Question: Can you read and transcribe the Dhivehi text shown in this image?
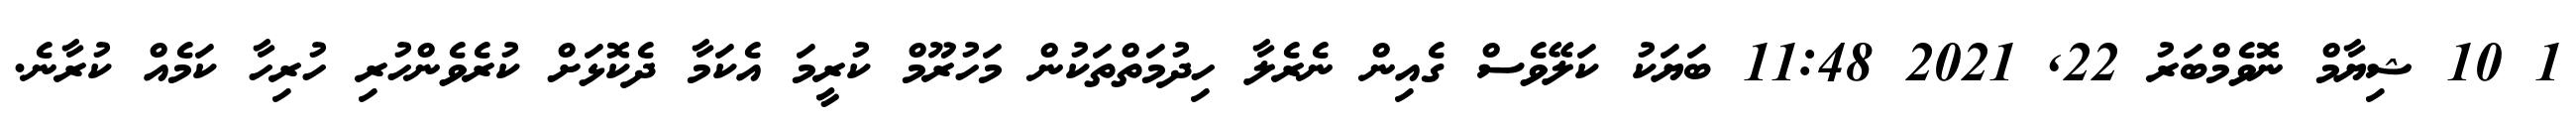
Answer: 1 10 ޝިޔާމް ނޮވެމްބަރު 22, 2021 11:48 ބަޔަކު ކަލޭވެސް ގެއިން ނެރެލާ ހިދުމަތްތަކުން މަހުރޫމް ކުރީމަ އެކަމާ ދެކޮޅަށް ކުރެވެންހުރި ހުރިހާ ކަމެއް ކުރާނެ.